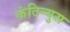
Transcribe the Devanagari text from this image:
कंटिन्युस